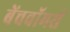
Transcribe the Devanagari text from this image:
बेंचवॉमर्स